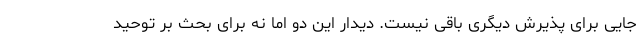
جایی برای پذیرش دیگری باقی نیست. دیدار این دو اما نه برای بحث بر توحید